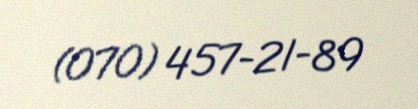
(070) 457-21-89